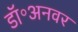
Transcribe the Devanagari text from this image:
डॉ॰अनवर